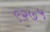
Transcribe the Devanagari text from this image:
९२७५